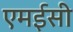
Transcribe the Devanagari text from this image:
एमईसी